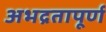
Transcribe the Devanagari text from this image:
अभद्रतापूर्ण